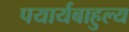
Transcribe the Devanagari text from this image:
पयार्यबाहुल्य